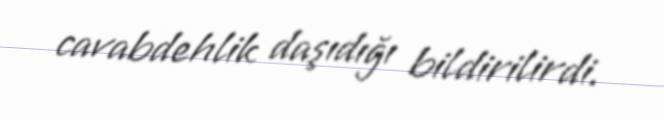
cavabdehlik daşıdığı bildirilirdi.